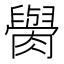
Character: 𦡭